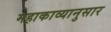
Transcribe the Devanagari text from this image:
महाकाव्यानुसार